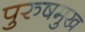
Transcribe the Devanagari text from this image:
पुरुषमुख